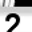
Digit: 2